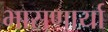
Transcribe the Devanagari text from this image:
भासणार्या